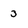
Character: 3